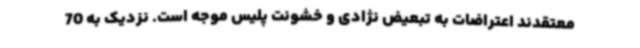
معتقدند اعتراضات به تبعیض نژادی و خشونت پلیس موجه است. نزدیک به 70